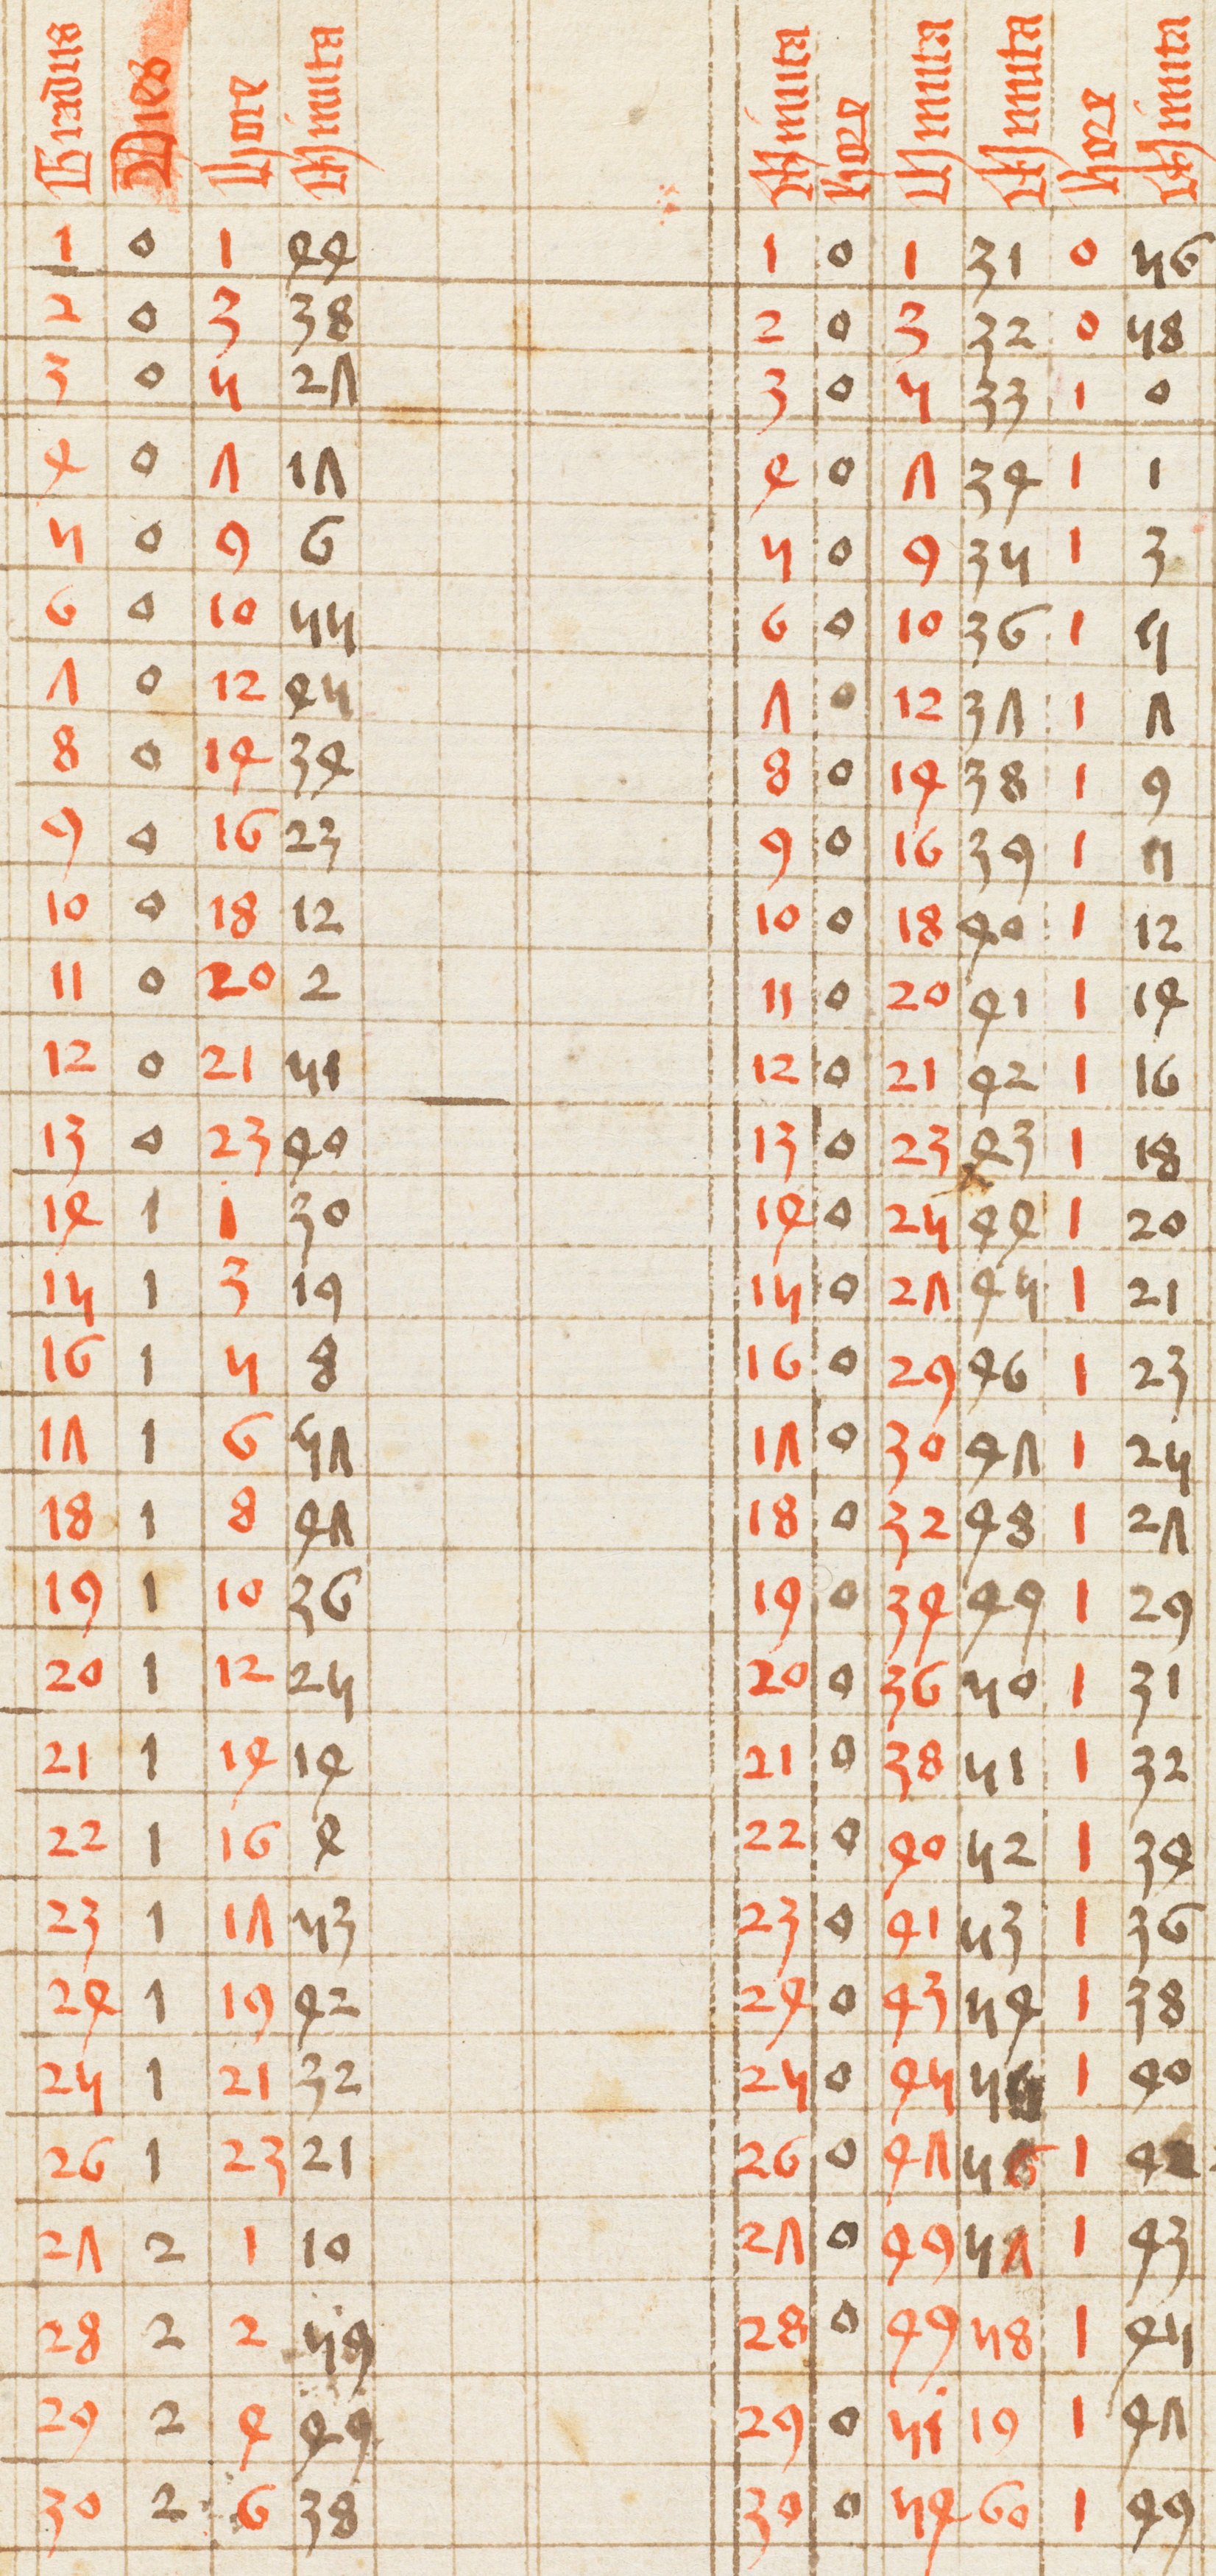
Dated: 1433–1465